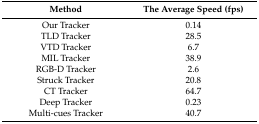
| Method | The Average Speed (fps) |
 | --- | --- |
 | Our Tracker | 0.14 |
 | TLD Tracker | 28.5 |
 | VTD Tracker | 6.7 |
 | MIL Tracker | 38.9 |
 | RGB-D Tracker | 2.6 |
 | Struck Tracker | 20.8 |
 | CT Tracker | 64.7 |
 | Deep Tracker | 0.23 |
 | Multi-cues Tracker | 40.7 |